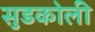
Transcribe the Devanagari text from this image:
सुडकोली